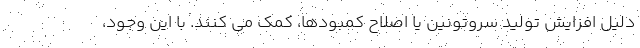
دلیل افزایش تولید سروتونین یا اصلاح کمبودها، کمک می کنند. با این وجود،